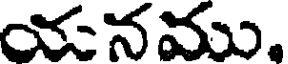
యనము.